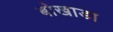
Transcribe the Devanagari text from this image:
बोखाडा